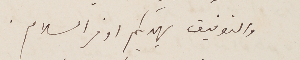
والتوفيق يهديكم اوفر السلام.